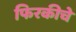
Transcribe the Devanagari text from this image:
फिरकीचे